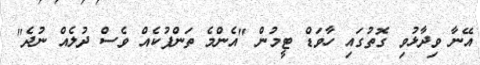
އޭނާ ވިދާޅުވި ގޮތުގައި ހާވަޑް ޓީމުން "އެންމެ ތަންފުކެއް ވެސް ދުލެއް ނުދެ"